Sketch of the medical history of the native army of Bombay, for the year
Year: 1876
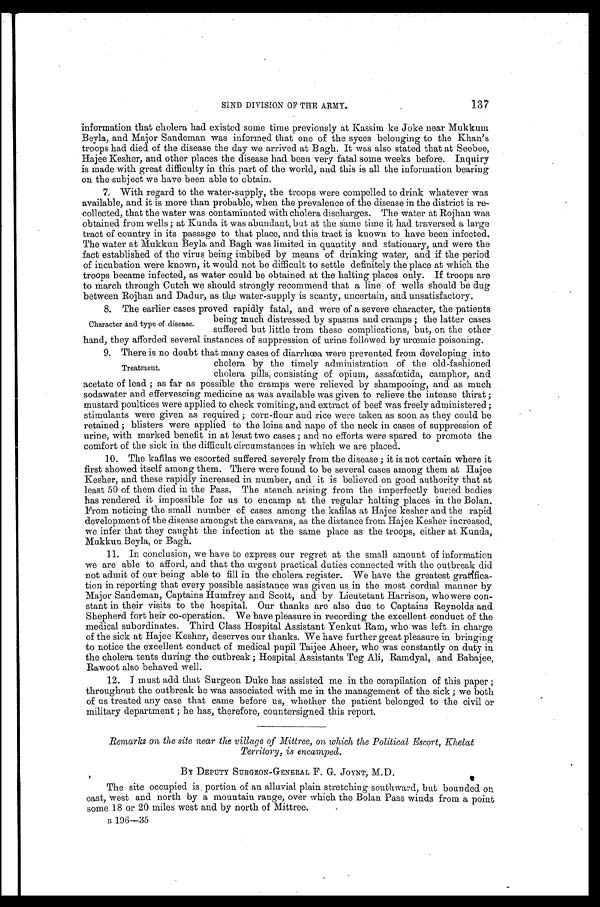
SIND DIVISION OF THE ARMY.
137
information that cholera had existed some time previously at Kassim ke Joke near Mukkum
Beyla, and Major Sandeman was informed that one of the syces belonging to the Khan's
troops had died of the disease the day we arrived at Bagh. It was also stated that at Seebee,
Hajee Kesher, and other places the disease had been very fatal some weeks before. Inquiry
is made with great difficulty in this part of the world, and this is all the information bearing
on the-subject we have been able to obtain.
7. With regard to the water-supply, the troops were compelled to drink whatever was
available, and it is more than probable, when the prevalence of the disease in the district is re-
- c o l l e c t e d , t h a t t h e w a t e r w a s c o n t a m i n a t e d w i t h c h o l e r a d i s c h a r g e s . T h e w a t e r a t R o j h a n w a s
obtained from wells; at Kunda it was abundant, but at the same time it had traversed a large
tract of country in its passage to that place, and this tract is known to have been infected.
The water at Mukkun Beyla and Bagh was limited in quantity and stationary, and were the
fact established of the virus being imbibed by means of drinking water, and if the period
of incubation were known, it would not be difficult to settle definitely the place at which the
troops became infected, as water could be obtained at the halting places only. If troops are
to march through Cutch we should strongly recommend that a line of wells should be dug
between Rojhan and Dadur, as the water-supply is scanty, uncertain, and unsatisfactory.
8 . T h e e a r l i e r c a s e s p r o v e d r a p i d l y f a t a l , a n d w e r e o f a s e v e r e c h a r a c t e r , t h e p a t i e n t s
being much distressed by spasms and cramps; the latter cases
Character and type of disease.
suffered but little from these complications, but, on the other
hand, they afforded several instances of suppression of urine followed by urcemic poisoning.
9. There is no doubt that many cases of diarrhoea were prevented from developing into
cholera by the timely administration of the old-fashioned
Treatment.
cholera pills, consisting of opium, assafcetida, camphor, and
acetate of lead; as far as possible the cramps were relieved by shampooing, and as much
sodawater and effervescing medicine as was available was given to relieve the intense thirst;
mustard poultices were applied to check vomiting, and extract of beef was freely administered;
stimulants were given as required; corn-flour and rice were taken as soon as they could be
retained; blisters were applied to the loins and nape of the neck in cases of suppression of
urine, with marked benefit in at least two cases; and no efforts were spared to promote the
comfort of the sick in the difficult circumstances in which we are placed.
10. The kafilas we escorted suffered severely from the disease; it is not certain where it
first showed itself among them. There were found to be several cases among them at Hajee
Kesher, and these rapidly increased in number, and it is believed on good authority that at
least 50 of them died in the Pass. The stench arising from the imperfectly buried bodies
has rendered it impossible for us to encamp at the regular halting places in. the Bolan.
From noticing the small number of cases among the kafilas at Hajee kesher and the rapid
development of the disease amongst the caravans, as the distance from Hajee Kesher increased,
we infer that they caught the infection at the same place as the troops, either at Kunda,
Mukkun Beyla, or Bagh.
11. In conclusion, we have to express our regret at the small amount of information
we are able to afford, and that the urgent practical duties connected with the outbreak did
not admit of our being able to fill in the cholera register. We have the greatest gratifica--
tion in reporting that every possible assistance was given us in the most cordial manner by
Major Sandeman, Captains Humfrey and Scott, and by Lieutetant Harrison, who were con-
stant in their visits to the hospital. Our thanks are also due to Captains Reynolds and
Shepherd fort heir co-operation. We have pleasure in recording the excellent conduct of the
medical subordinates. Third Class Hospital Assistant Yenkut Ram, who was left in charge
of the sick at Hajee Kesher, deserves our thanks. We have further great pleasure in bringing
to notice the excellent conduct of medical pupil Taijee Aheer, who was constantly on duty in
the cholera tents during the outbreak; Hospital Assistants Teg Ali, Ramdyal, and Babajee,
Rawoot also behaved well.
12. I must add that Surgeon Duke has assisted me in the compilation of this paper;
throughout the outbreak he was associated with me in the management of the sick; we both
of us treated any case that came before us, whether the patient belonged to the civil or
military department; he has, therefore, countersigned this report.
Remarks on the site near the village of Mittree, on which the Political Escort, Khelat
Territory, is encamped.
BY DEPUTY SURGEON-GENERAL F. G. JOYNT, M.D.
The site occupied is portion of an alluvial plain stretching southward, but bounded on
east, west and north by a mount ai n r ange, over whi ch t he Bol an Pas s wi nds f r om a poi nt
some 18 or 20 miles west and by north of Mittree.
B1
9 6 - 3 5